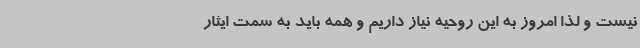
نیست و لذا امروز به این روحیه نیاز داریم و همه باید به سمت ایثار